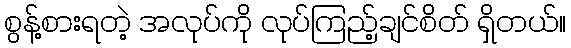
စွန့်စားရတဲ့ အလုပ်ကို လုပ်ကြည့်ချင်စိတ် ရှိတယ်။